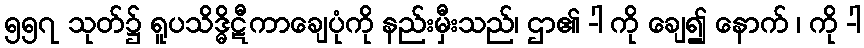
၅၅၇ သုတ်၌ ရူပသိဒ္ဓိဋီကာချေပုံကို နည်းမှီးသည်၊ ဌာ၏ -ါ ကို ချေ၍ နောက် ၊ ကို -ါ